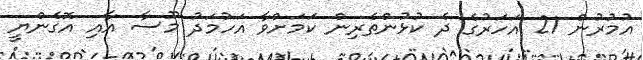
އުމުރުން 21 އަހަރުގެ ދެ ކުޅުންތެރިން ކަމަށްވާ އަހުމަދު މޫސާ އާއި އޮގެންޔީ